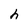
Character: h